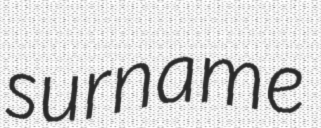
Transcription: surname